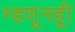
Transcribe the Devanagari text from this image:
म्हणूनहूी